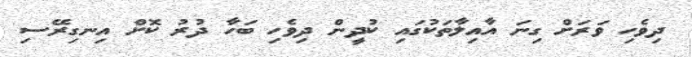
ދިވެހި ވަރަށް ގިނަ އާއިލާތަކުގައި ކުދީން ދިވެހި ބަހާ ދުރު ކޮށް އިނގިރޭސި